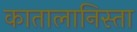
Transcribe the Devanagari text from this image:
कातालानिस्ता